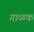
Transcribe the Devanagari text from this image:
गाळक